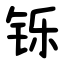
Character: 铄